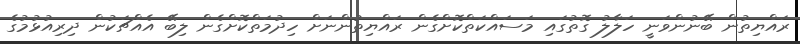
ރައްޔިތުން ބޭނުންވަނީ ހަލާލު ގޮތުގައި މަސައްކަތްކޮށްގެން ރައްޔިތުންނަށް ހިދުމަތްކޮށްގެން ލިބޭ އެއްޗަކުން ދިރިއުޅުމުގެ